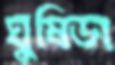
ঘুষিডা